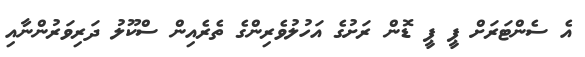
އެ ސެންޓަރަށް ޕީ ޕީ ޑޮން ރަށުގެ އަހުލުވެރިންގެ ތެރެއިން ސްކޫލު ދަރިވަރުންނާއި